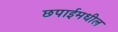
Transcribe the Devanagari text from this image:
छपाईमधील